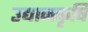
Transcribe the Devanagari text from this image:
उद्यानकृषि